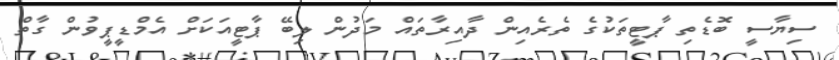
ސިޔާސީ ބޮޑެތި ޕާޓީތަކުގެ ތެރެއިން ދާއިރާތައް މަދުން ލިބޭ ޕާޓީއަކަށް އެމްޑީޕީވުން ގާތް